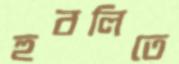
হুবলিতে